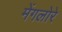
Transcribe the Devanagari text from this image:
मेंगलोरे